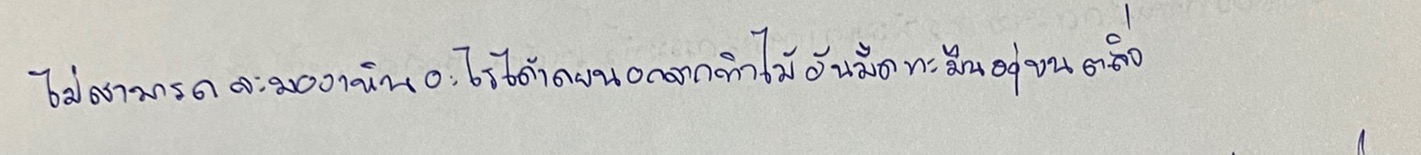
ไม่สามารถจะมองเห็นอะไรได้เลยนอกจากทิวไม้อันมืดทะมึนอยู่บนตลิ่ง